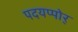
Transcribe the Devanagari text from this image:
पदयप्पोर्